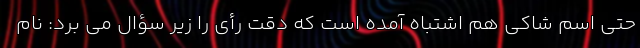
حتی اسم شاکی هم اشتباه آمده است که دقت رأی را زیر سؤال می برد: نام